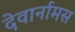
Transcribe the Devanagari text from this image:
देवार्नामस